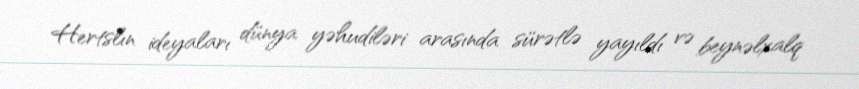
Hertslın ideyaları dünya yəhudiləri arasında sürətlə yayıldı və beynəlxalq